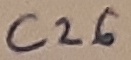
Text: C26